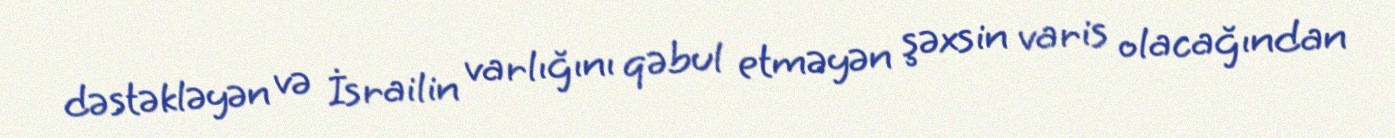
dəstəkləyən və İsrailin varlığını qəbul etməyən şəxsin varis olacağından